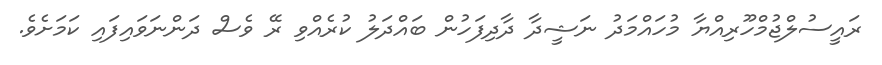
ރައީސުލްޖުމްހޫރިއްޔާ މުހައްމަދު ނަޝީދާ ދާދިފަހުން ބައްދަލު ކުރެއްވި ރޭ ވެސް ދަންނަވައިފައި ކަމަށެވެ.